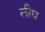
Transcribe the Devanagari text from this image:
लीघ